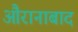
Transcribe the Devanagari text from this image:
औरानाबाद